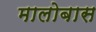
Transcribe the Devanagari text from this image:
मालोबास